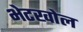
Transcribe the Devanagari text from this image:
भेटखोल